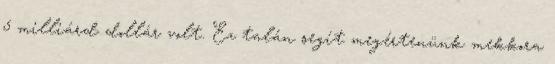
5 milliárd dollár volt. Ez talán segít megértenünk mekkora